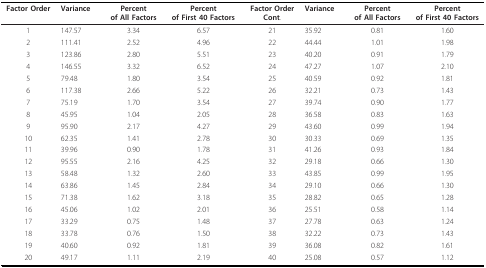
<table><thead><tr><td><b>Factor Order</b></td><td><b>Variance</b></td><td><b>Percentof All Factors</b></td><td><b>Percentof First 40 Factors</b></td><td><b>Factor OrderCont.</b></td><td><b>Variance</b></td><td><b>Percentof All Factors</b></td><td><b>Percentof First 40 Factors</b></td></tr></thead><tbody><tr><td>1</td><td>147.57</td><td>3.34</td><td>6.57</td><td>21</td><td>35.92</td><td>0.81</td><td>1.60</td></tr><tr><td>2</td><td>111.41</td><td>2.52</td><td>4.96</td><td>22</td><td>44.44</td><td>1.01</td><td>1.98</td></tr><tr><td>3</td><td>123.86</td><td>2.80</td><td>5.51</td><td>23</td><td>40.20</td><td>0.91</td><td>1.79</td></tr><tr><td>4</td><td>146.55</td><td>3.32</td><td>6.52</td><td>24</td><td>47.27</td><td>1.07</td><td>2.10</td></tr><tr><td>5</td><td>79.48</td><td>1.80</td><td>3.54</td><td>25</td><td>40.59</td><td>0.92</td><td>1.81</td></tr><tr><td>6</td><td>117.38</td><td>2.66</td><td>5.22</td><td>26</td><td>32.21</td><td>0.73</td><td>1.43</td></tr><tr><td>7</td><td>75.19</td><td>1.70</td><td>3.54</td><td>27</td><td>39.74</td><td>0.90</td><td>1.77</td></tr><tr><td>8</td><td>45.95</td><td>1.04</td><td>2.05</td><td>28</td><td>36.58</td><td>0.83</td><td>1.63</td></tr><tr><td>9</td><td>95.90</td><td>2.17</td><td>4.27</td><td>29</td><td>43.60</td><td>0.99</td><td>1.94</td></tr><tr><td>10</td><td>62.35</td><td>1.41</td><td>2.78</td><td>30</td><td>30.33</td><td>0.69</td><td>1.35</td></tr><tr><td>11</td><td>39.96</td><td>0.90</td><td>1.78</td><td>31</td><td>41.26</td><td>0.93</td><td>1.84</td></tr><tr><td>12</td><td>95.55</td><td>2.16</td><td>4.25</td><td>32</td><td>29.18</td><td>0.66</td><td>1.30</td></tr><tr><td>13</td><td>58.48</td><td>1.32</td><td>2.60</td><td>33</td><td>43.85</td><td>0.99</td><td>1.95</td></tr><tr><td>14</td><td>63.86</td><td>1.45</td><td>2.84</td><td>34</td><td>29.10</td><td>0.66</td><td>1.30</td></tr><tr><td>15</td><td>71.38</td><td>1.62</td><td>3.18</td><td>35</td><td>28.82</td><td>0.65</td><td>1.28</td></tr><tr><td>16</td><td>45.06</td><td>1.02</td><td>2.01</td><td>36</td><td>25.51</td><td>0.58</td><td>1.14</td></tr><tr><td>17</td><td>33.29</td><td>0.75</td><td>1.48</td><td>37</td><td>27.78</td><td>0.63</td><td>1.24</td></tr><tr><td>18</td><td>33.78</td><td>0.76</td><td>1.50</td><td>38</td><td>32.22</td><td>0.73</td><td>1.43</td></tr><tr><td>19</td><td>40.60</td><td>0.92</td><td>1.81</td><td>39</td><td>36.08</td><td>0.82</td><td>1.61</td></tr><tr><td>20</td><td>49.17</td><td>1.11</td><td>2.19</td><td>40</td><td>25.08</td><td>0.57</td><td>1.12</td></tr></tbody></table>